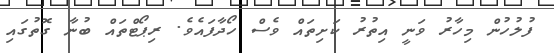
ފުލުހުން މިހާރު ވަނީ އިތުރު ކަށިތައް ވެސް ހޯދާފައެވެ. ރިޕޯޓްތައް ބުނާ ގޮތުގައި